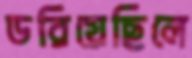
ডরিয়েছিলে